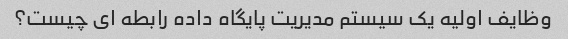
وظایف اولیه یک سیستم مدیریت پایگاه داده رابطه ای چیست؟